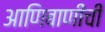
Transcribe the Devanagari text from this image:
आणिबाणीची